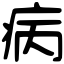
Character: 病